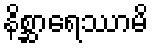
နိစ္ဆာရေဿာမိ